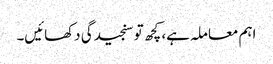
اہم معاملہ ہے، کچھ تو سنجیدگی دکھائیں۔